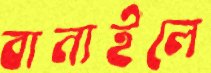
বানাইলে